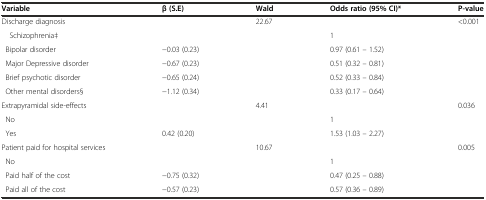
<table><thead><tr><td><b>Variable</b></td><td><b>β (S.E)</b></td><td><b>Wald</b></td><td><b>Odds ratio (95% CI)*</b></td><td><b>P-value</b></td></tr></thead><tbody><tr><td>Discharge diagnosis</td><td></td><td>22.67</td><td></td><td>&lt;0.001</td></tr><tr><td> Schizophrenia‡</td><td></td><td></td><td>1</td><td></td></tr><tr><td> Bipolar disorder</td><td>−0.03 (0.23)</td><td></td><td>0.97 (0.61 – 1.52)</td><td></td></tr><tr><td> Major Depressive disorder</td><td>−0.67 (0.23)</td><td></td><td>0.51 (0.32 – 0.81)</td><td></td></tr><tr><td> Brief psychotic disorder</td><td>−0.65 (0.24)</td><td></td><td>0.52 (0.33 – 0.84)</td><td></td></tr><tr><td> Other mental disorders§</td><td>−1.12 (0.34)</td><td></td><td>0.33 (0.17 – 0.64)</td><td></td></tr><tr><td>Extrapyramidal side-effects</td><td></td><td>4.41</td><td></td><td>0.036</td></tr><tr><td> No</td><td></td><td></td><td>1</td><td></td></tr><tr><td> Yes</td><td>0.42 (0.20)</td><td></td><td>1.53 (1.03 – 2.27)</td><td></td></tr><tr><td>Patient paid for hospital services</td><td></td><td>10.67</td><td></td><td>0.005</td></tr><tr><td> No</td><td></td><td></td><td>1</td><td></td></tr><tr><td> Paid half of the cost</td><td>−0.75 (0.32)</td><td></td><td>0.47 (0.25 – 0.88)</td><td></td></tr><tr><td> Paid all of the cost</td><td>−0.57 (0.23)</td><td></td><td>0.57 (0.36 – 0.89)</td><td></td></tr></tbody></table>